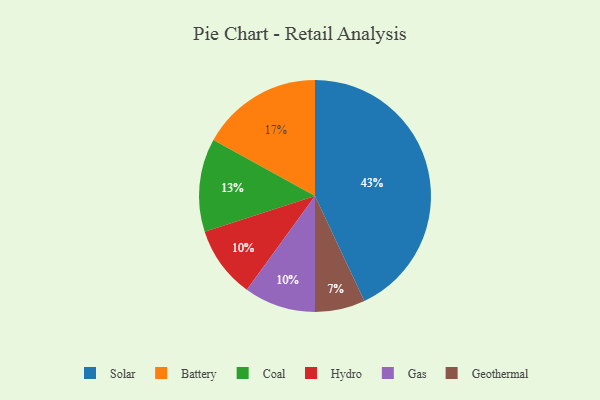
{"axis": {"x": "Category", "y": "Percentage"}, "legend": ["Battery", "Coal", "Gas", "Geothermal", "Hydro", "Solar"], "data": [{"x": "Battery", "y": 17, "type": "Battery"}, {"x": "Hydro", "y": 10, "type": "Hydro"}, {"x": "Gas", "y": 10, "type": "Gas"}, {"x": "Solar", "y": 43, "type": "Solar"}, {"x": "Geothermal", "y": 7, "type": "Geothermal"}, {"x": "Coal", "y": 13, "type": "Coal"}]}